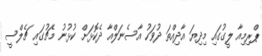
ޕްރިމިއާ ލީގުގައި މިދިޔަ އާދިއްތަ ދުވަހު އާސެނަލްއާ ދެކޮޅަށް ކުޅުނު މެޗުގައި ޗެލްސީ